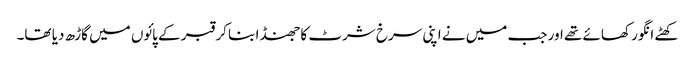
کھٹے انگور کھائے تھے اور جب میں نے اپنی سرخ شرٹ کا جھنڈا بنا کر قبر کے پائوں میں گاڑھ دیا تھا۔